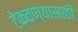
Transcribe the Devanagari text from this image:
टेकवण्यासाठी